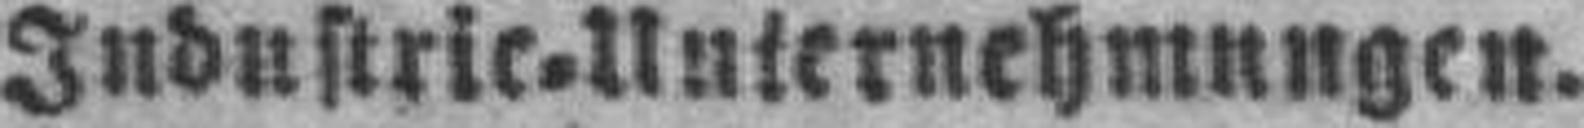
Industrie=Unternehmungen.